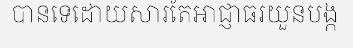
បានទេដោយសារតែអាជ្ញាធរយួនបង្ក